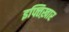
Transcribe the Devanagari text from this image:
इफ्तिख़ार